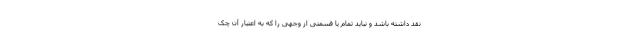
نقد داشته باشد و نباید تمام یا قسمتی از وجهی را که به اعتبار آن چک